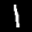
Label: 1